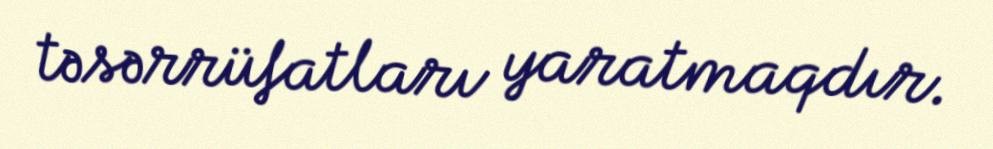
təsərrüfatları yaratmaqdır.